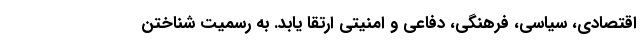
اقتصادی، سیاسی، فرهنگی، دفاعی و امنیتی ارتقا یابد. به رسمیت شناختن